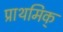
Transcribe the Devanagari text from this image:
प्राथमिक्